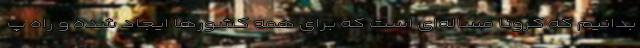
بدانیم که کرونا مساله‌ای است که برای همه کشورها ایجاد شده و راه پ